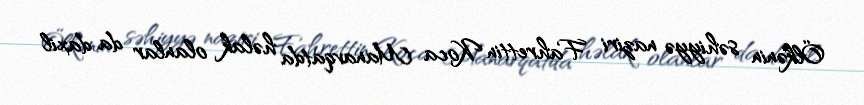
Ölkənin səhiyyə naziri Fahrettin Koca Manavqatda həlak olanlar da daxil